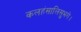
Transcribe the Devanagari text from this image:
कलहंसालिसुभगे।